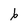
Character: 6